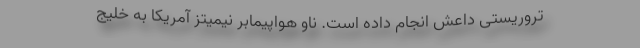
تروریستی داعش انجام داده است. ناو هواپیمابر نیمیتز آمریکا به خلیج